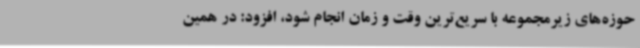
حوزه‌های زیرمجموعه با سریع‌ترین وقت و زمان انجام شود، افزود: در همین